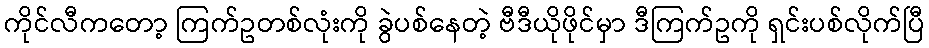
ကိုင်လီကတော့ ကြက်ဥတစ်လုံးကို ခွဲပစ်နေတဲ့ ဗီဒီယိုဖိုင်မှာ ဒီကြက်ဥကို ရှင်းပစ်လိုက်ပြီ